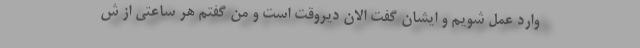
وارد عمل شویم و ایشان گفت الان دیروقت است و من گفتم هر ساعتی از ش